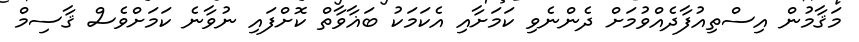
މަޤާމުން އިސްތިއުފާދެއްވުމަށް ދެންނެވި ކަމަށާއި އެކަމަކު ބަޣާވާތް ކޮށްފައި ނުވާނެ ކަމަށްވެސް ޤާސިމް